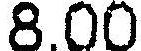
8.00